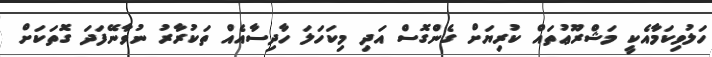
ހަލުވިކަމާއެކީ މަޝްރޫޢުތައް ކުރިޔަށް ގެންގޮސް އަދި މިކަހަލަ ހާދިސާއެއް ތަކުރާރު ނުވާނޭފަދަ ގޮތަކަށް